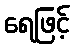
ရေဖြင့်